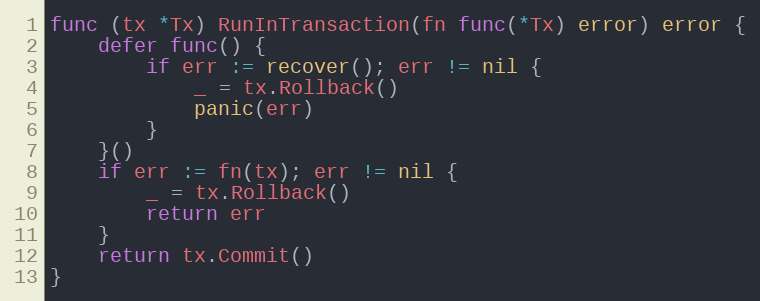
Language: Go
func (tx *Tx) RunInTransaction(fn func(*Tx) error) error {
	defer func() {
		if err := recover(); err != nil {
			_ = tx.Rollback()
			panic(err)
		}
	}()
	if err := fn(tx); err != nil {
		_ = tx.Rollback()
		return err
	}
	return tx.Commit()
}